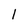
Character: l